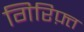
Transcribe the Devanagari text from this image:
गिरिफ़्त